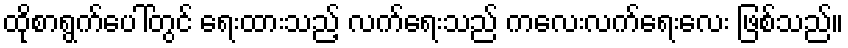
ထိုစာရွက်ပေါ်တွင် ရေးထားသည့် လက်ရေးသည် ကလေးလက်ရေးလေး ဖြစ်သည်။